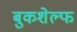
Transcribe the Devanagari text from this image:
बुकशेल्फ